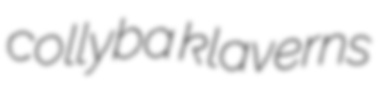
collyba klaverns